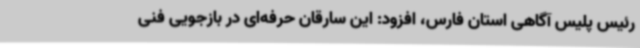
رئیس پلیس آگاهی استان فارس، افزود: این سارقان حرفه‌ای در بازجویی فنی